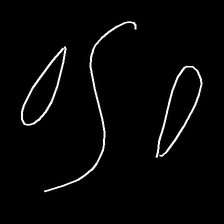
Glyph: water